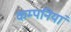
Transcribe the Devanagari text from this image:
कम्‍पनियां